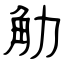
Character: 觔